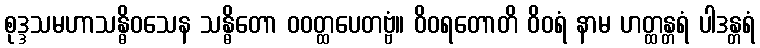
စုဒ္ဒသမဟာသန္ဓိဝသေန သန္ဓိတော ဝဝတ္ထပေတဗ္ဗံ။ ဝိဝရတောတိ ဝိဝရံ နာမ ဟတ္ထန္တရံ ပါဒန္တရံ